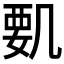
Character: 𠙞